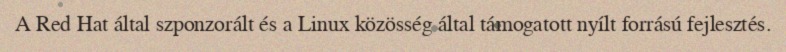
A Red Hat által szponzorált és a Linux közösség által támogatott nyílt forrású fejlesztés.